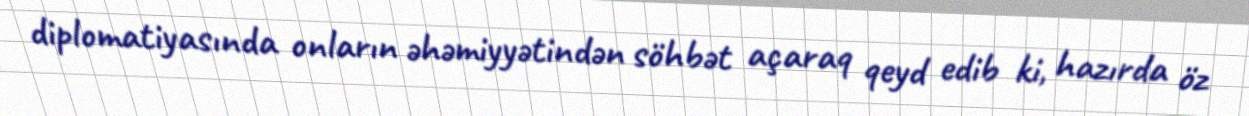
diplomatiyasında onların əhəmiyyətindən söhbət açaraq qeyd edib ki, hazırda öz